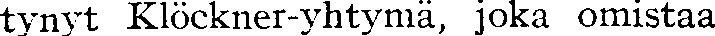
tynyt Klöckner-yhtymä, joka omistaa